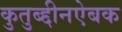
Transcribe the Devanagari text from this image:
कुतुब्द्दीनऐबक